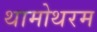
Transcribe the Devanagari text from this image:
थामोथरम